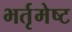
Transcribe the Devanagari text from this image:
भर्तृमेष्ट